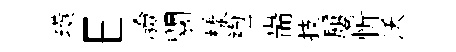
璜E驗關樣袍耑技屢忻沃